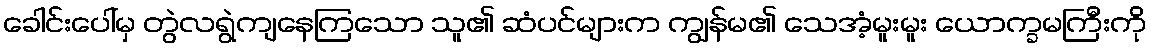
ခေါင်းပေါ်မှ တွဲလရွဲကျနေကြသော သူ၏ ဆံပင်များက ကျွန်မ၏ သေအံ့မူးမူး ယောက္ခမကြီးကို